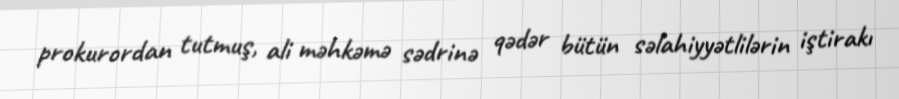
prokurordan tutmuş, ali məhkəmə sədrinə qədər bütün səlahiyyətlilərin iştirakı